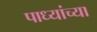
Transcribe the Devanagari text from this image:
पाध्यांच्या